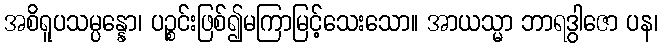
အစိရူပသမ္ပန္နော၊ ပဉ္စင်းဖြစ်၍မကြာမြင့်သေးသော။ အာယသ္မာ ဘာရဒွါဇော ပန၊